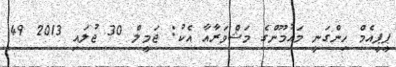
ޕީޕީއެމް ހިންގަނީ މައުމޫންގެ މަޝްވަރާއާ އެކު: ޖަމީލް 30 ޖުލައި 2013 49